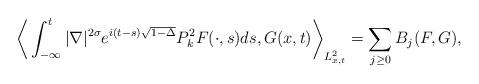
LaTeX: \begin{align*}\bigg\langle \int_{-\infty}^{t} |\nabla|^{2\sigma} e^{i(t-s)\sqrt{1-\Delta}}P_k^2 F(\cdot,s)ds, G(x,t)\bigg\rangle_{L_{x,t}^2}=\sum_{j \ge 0}B_j(F,G),\end{align*}